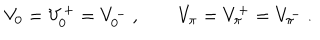
V _ { 0 } = V _ { 0 } ^ { + } = V _ { 0 } ^ { - } \ , \qquad V _ { \pi } = V _ { \pi } ^ { + } = V _ { \pi } ^ { - } \ .